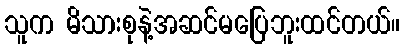
သူက မိသားစုနဲ့အဆင်မပြေဘူးထင်တယ်။